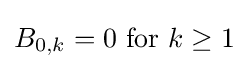
B_{0,k}=0{\text{ for }}k\geq 1